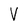
Character: V